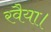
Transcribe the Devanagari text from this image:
रवैया।